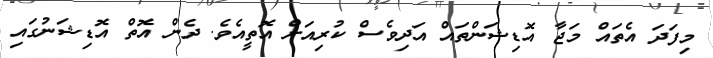
މިފަދަ އެތައް މަޖާ އޮޑިޝަންތައް އަދިވެސް ކުރިއަށް އޮތީއެވެ. ދެން އޮތް އޮޑިޝަނުގައި